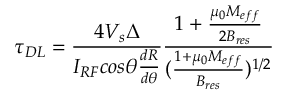
\tau _ { D L } = \frac { 4 V _ { s } \Delta } { I _ { R F } c o s \theta \frac { d R } { d \theta } } \frac { 1 + \frac { \mu _ { 0 } M _ { e f f } } { 2 B _ { r e s } } } { ( \frac { 1 + \mu _ { 0 } M _ { e f f } } { B _ { r e s } } ) ^ { 1 / 2 } }